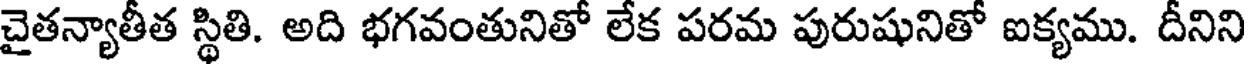
చైతన్యాతీత స్థితి. అది భగవంతునితో లేక పరమ పురుషునితో ఐక్యము. దీనిని